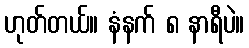
ဟုတ်တယ်။ နံနက် ၈ နာရီပဲ။